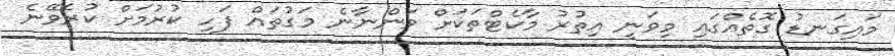
މައިގަނޑު ގޮތެއްގައި މިވަނީ އިތުރު މާކެޓްތަކަށް ވަންނާނެ މަގުތައް ފަހި ކުރުމަށް ކުރެވޭނެ